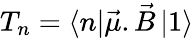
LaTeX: T_{n}=\left\langle n\right|\vec{\mu}.\vec{B}\left|1\right\rangle